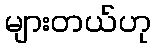
များတယ်ဟု